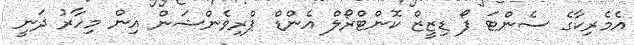
އެމެރިކާގެ ސެންޓަ ފޯ ޑިޒީޒް ކޮންޓްރޯލް އެންޑް ޕްރިވެންޝަން އިން މިހާރު ދަނީ